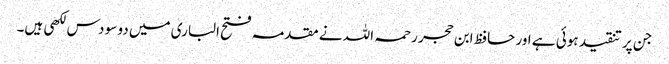
جن پر تنقید ہوئی ہے اور حافظ ابن حجر رحمہ اللہ نے مقدمہ فتح الباری میں دو سو دس لکھی ہیں۔